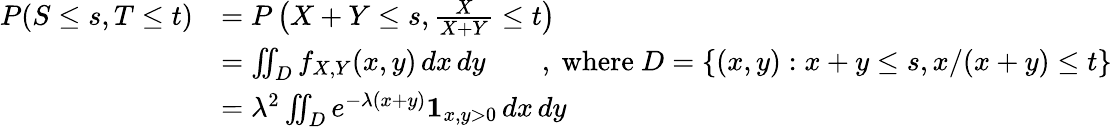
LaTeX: \begin{array}{rl}{P(S\le s,T\le t)}&{=P\left(X+Y\le s,\frac{X}{X+Y}\le t\right)}\\ &{=\iint_{D}f_{X,Y}(x,y)\, dx\, dy\quad\quad,\mathrm{~where~}D=\{ (x,y):x+y\le s,x/(x+y)\le t\} }\\ &{=\lambda^{2}\iint_{D}e^{-\lambda(x+y)}\mathbf 1_{x,y>0}\, dx\, dy}\end{array}